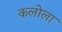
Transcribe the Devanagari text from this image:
कलोला